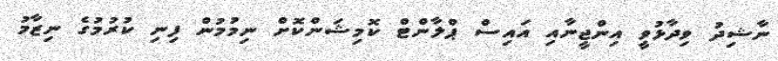
ނާޝިދު ވިދާޅުވީ އިންޖީނާއި އައިސް ޕްލާންޓް ކޮމިޝަންކޮށް ނިމުމުން ފިނި ކުރުމުގެ ނިޒާމު